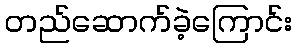
တည်ဆောက်ခဲ့ကြောင်း